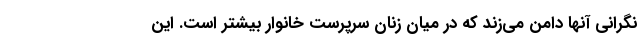
نگرانی آنها دامن می‌زند که در میان زنان سرپرست خانوار بیشتر است. این